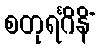
စတုရင်္ဂိနိံ